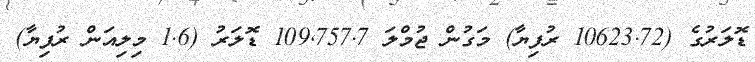
ޑޮލަރުގެ (10623.72 ރުފިޔާ) މަގުން ޖުމްލަ 109